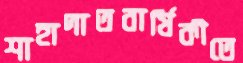
শাহাদাতবার্ষিকীতে